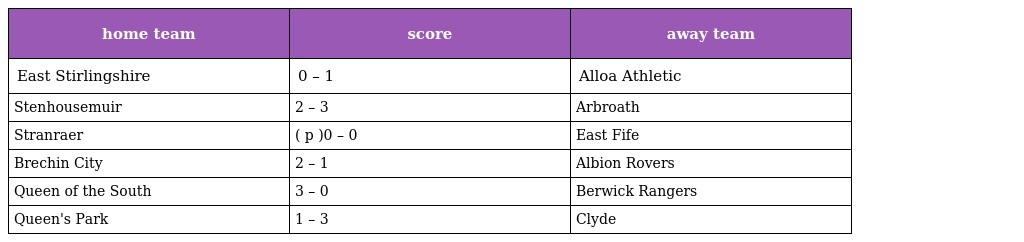
| home team | score | away team |
 | --- | --- | --- |
 | East Stirlingshire | 0 – 1 | Alloa Athletic |
 | Stenhousemuir | 2 – 3 | Arbroath |
 | Stranraer | ( p )0 – 0 | East Fife |
 | Brechin City | 2 – 1 | Albion Rovers |
 | Queen of the South | 3 – 0 | Berwick Rangers |
 | Queen's Park | 1 – 3 | Clyde |